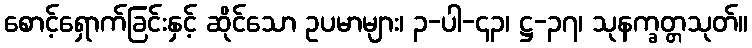
စောင့်ရှောက်ခြင်းနှင့် ဆိုင်သော ဥပမာများ၊ ၃-ပါ-၄၃၊ ဋ္ဌ-၃၇၊ သုနက္ခတ္တသုတ်။